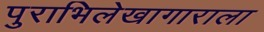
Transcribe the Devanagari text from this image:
पुराभिलेखागाराला